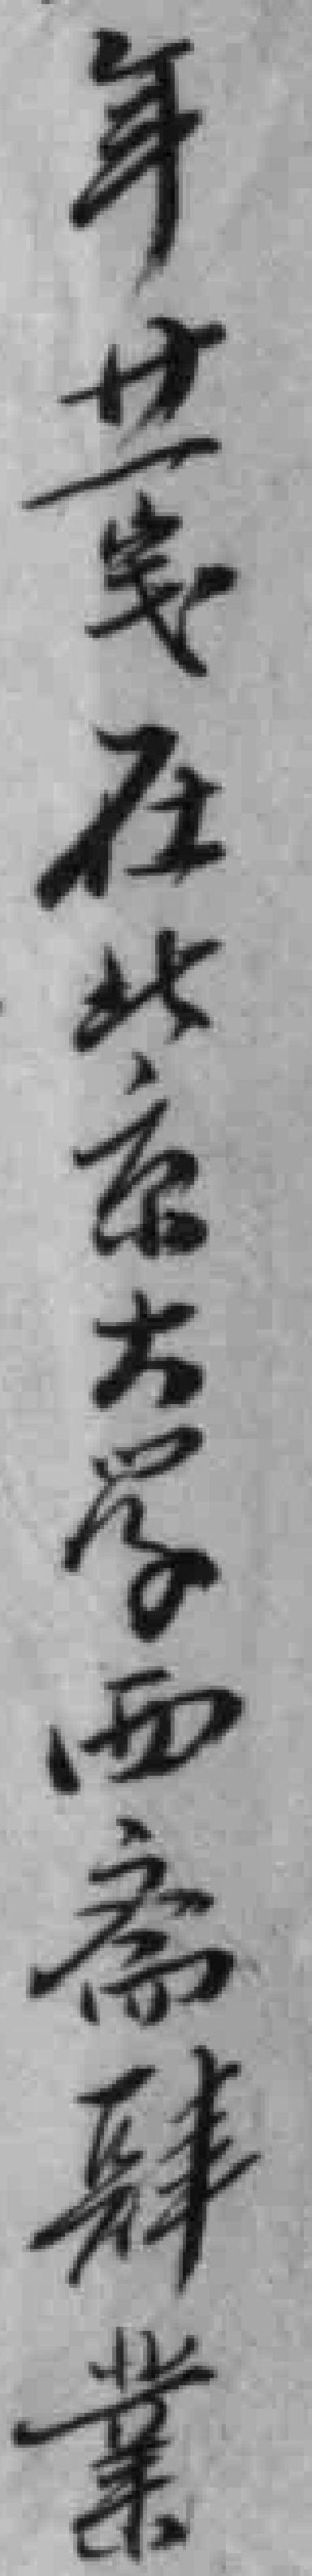
年廿一岁在北京大学西斋肆業